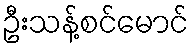
ဦးသန့်စင်မောင်